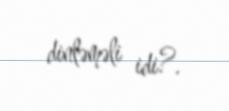
dinləməli idi?.